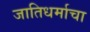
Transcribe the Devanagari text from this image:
जातिधर्माचा